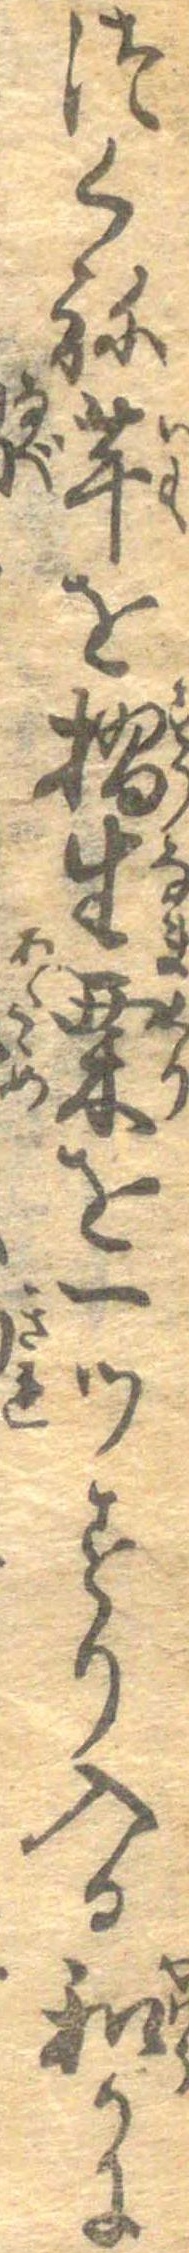
つくね芋を摺生栗を一つすり入る和かに